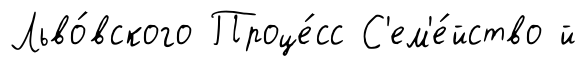
Льво́вского Проце́сс С'ем'е́йство й